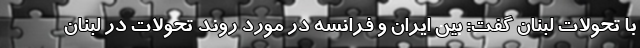
با تحولات لبنان گفت: بین ایران و فرانسه در مورد روند تحولات در لبنان